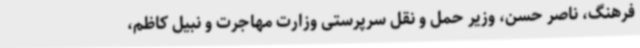
فرهنگ، ناصر حسن، وزیر حمل و نقل سرپرستی وزارت مهاجرت و نبیل کاظم،